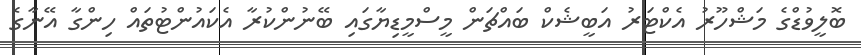
ބޮލީވުޑްގެ މަޝްހޫރު އެކްޓަރު އަބީޝެކް ބައްޗަން މީސްމީޑިޔާގައި ބޭނުންކުރާ އެކައުންޓުތައް ހިންގާ އޭނާގެ